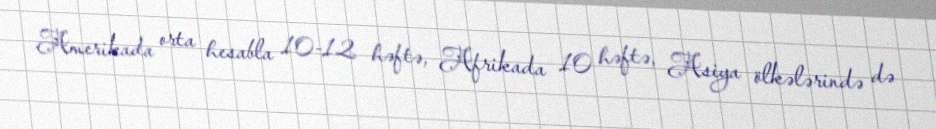
Amerikada orta hesabla 10-12 həftə, Afrikada 10 həftə, Asiya ölkələrində də